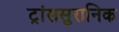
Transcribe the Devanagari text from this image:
ट्रांससुरानिक